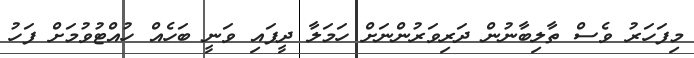
މިފަހަރު ވެސް ތާލިބާނުން ދަރިވަރުންނަށް ހަމަލާ ދީފައި ވަނީ ބަހެއް ހުއްޓުވުމަށް ފަހު